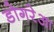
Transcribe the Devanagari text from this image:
डोगरेआ